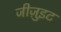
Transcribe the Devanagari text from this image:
जीजु़इट